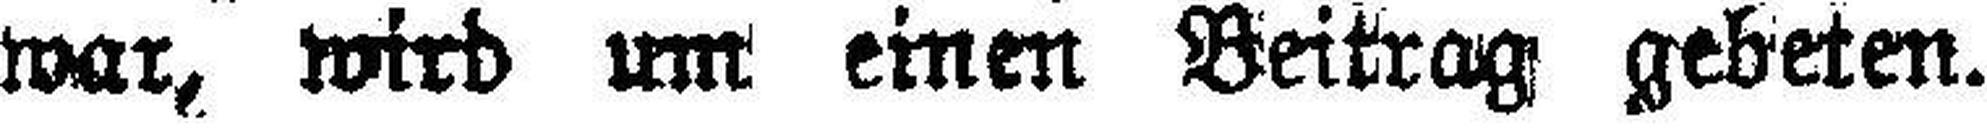
war, wird um einen Beitrag gebeten.